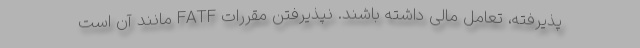
پذیرفته، تعامل مالی داشته باشند. نپذیرفتن مقررات FATF مانند آن است